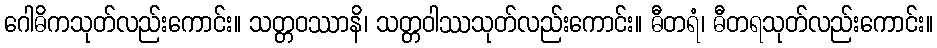
ဂေါဓိကသုတ်လည်းကောင်း။ သတ္တဝဿာနိ၊ သတ္တဝါဿသုတ်လည်းကောင်း။ ဓီတရံ၊ ဓီတရသုတ်လည်းကောင်း။